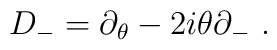
D_- = \partial_\theta -2i\theta\partial_-\ .